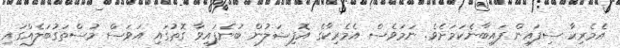
އެމެރިކާ ސިފައިން ފައިބާނެކަމަށެވެ. ނަމަވެސް އެމެރިކާގެ އޮފިޝަލުން ބުނެފައިވާ ގޮތުގައި އަވަސް މުސްތަގުބަލެއްގައި